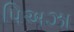
પિઅઝા